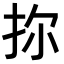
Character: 𪭧